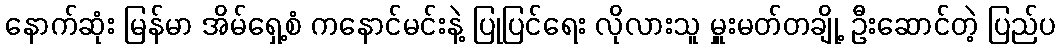
နောက်ဆုံး မြန်မာ အိမ်ရှေ့စံ ကနောင်မင်းနဲ့ ပြုပြင်ရေး လိုလားသူ မှူးမတ်တချို့ ဦးဆောင်တဲ့ ပြည်ပ